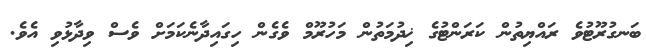
ބަނގުރޫޓުވެ ރައްޔިތުން ކަރަންޓުގެ ޚިދުމަތުން މަހުރޫމް ވެގެން ހިގައިދާނެކަމަށް ވެސް ވިދާޅުވި އެވެ.